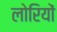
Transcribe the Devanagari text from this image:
लोरियों